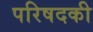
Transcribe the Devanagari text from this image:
परिषदकी